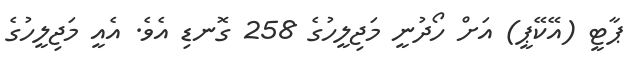
ޕާޓީ (އޭކޭޕީ) އަށް ހޯދުނީ މަޖިލީހުގެ 258 ގޮނޑި އެވެ. އެއީ މަޖިލީހުގެ